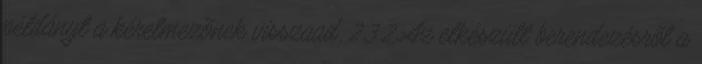
példányt a kérelmezõnek visszaad. 2.3.2 Az elkészült berendezésrõl a